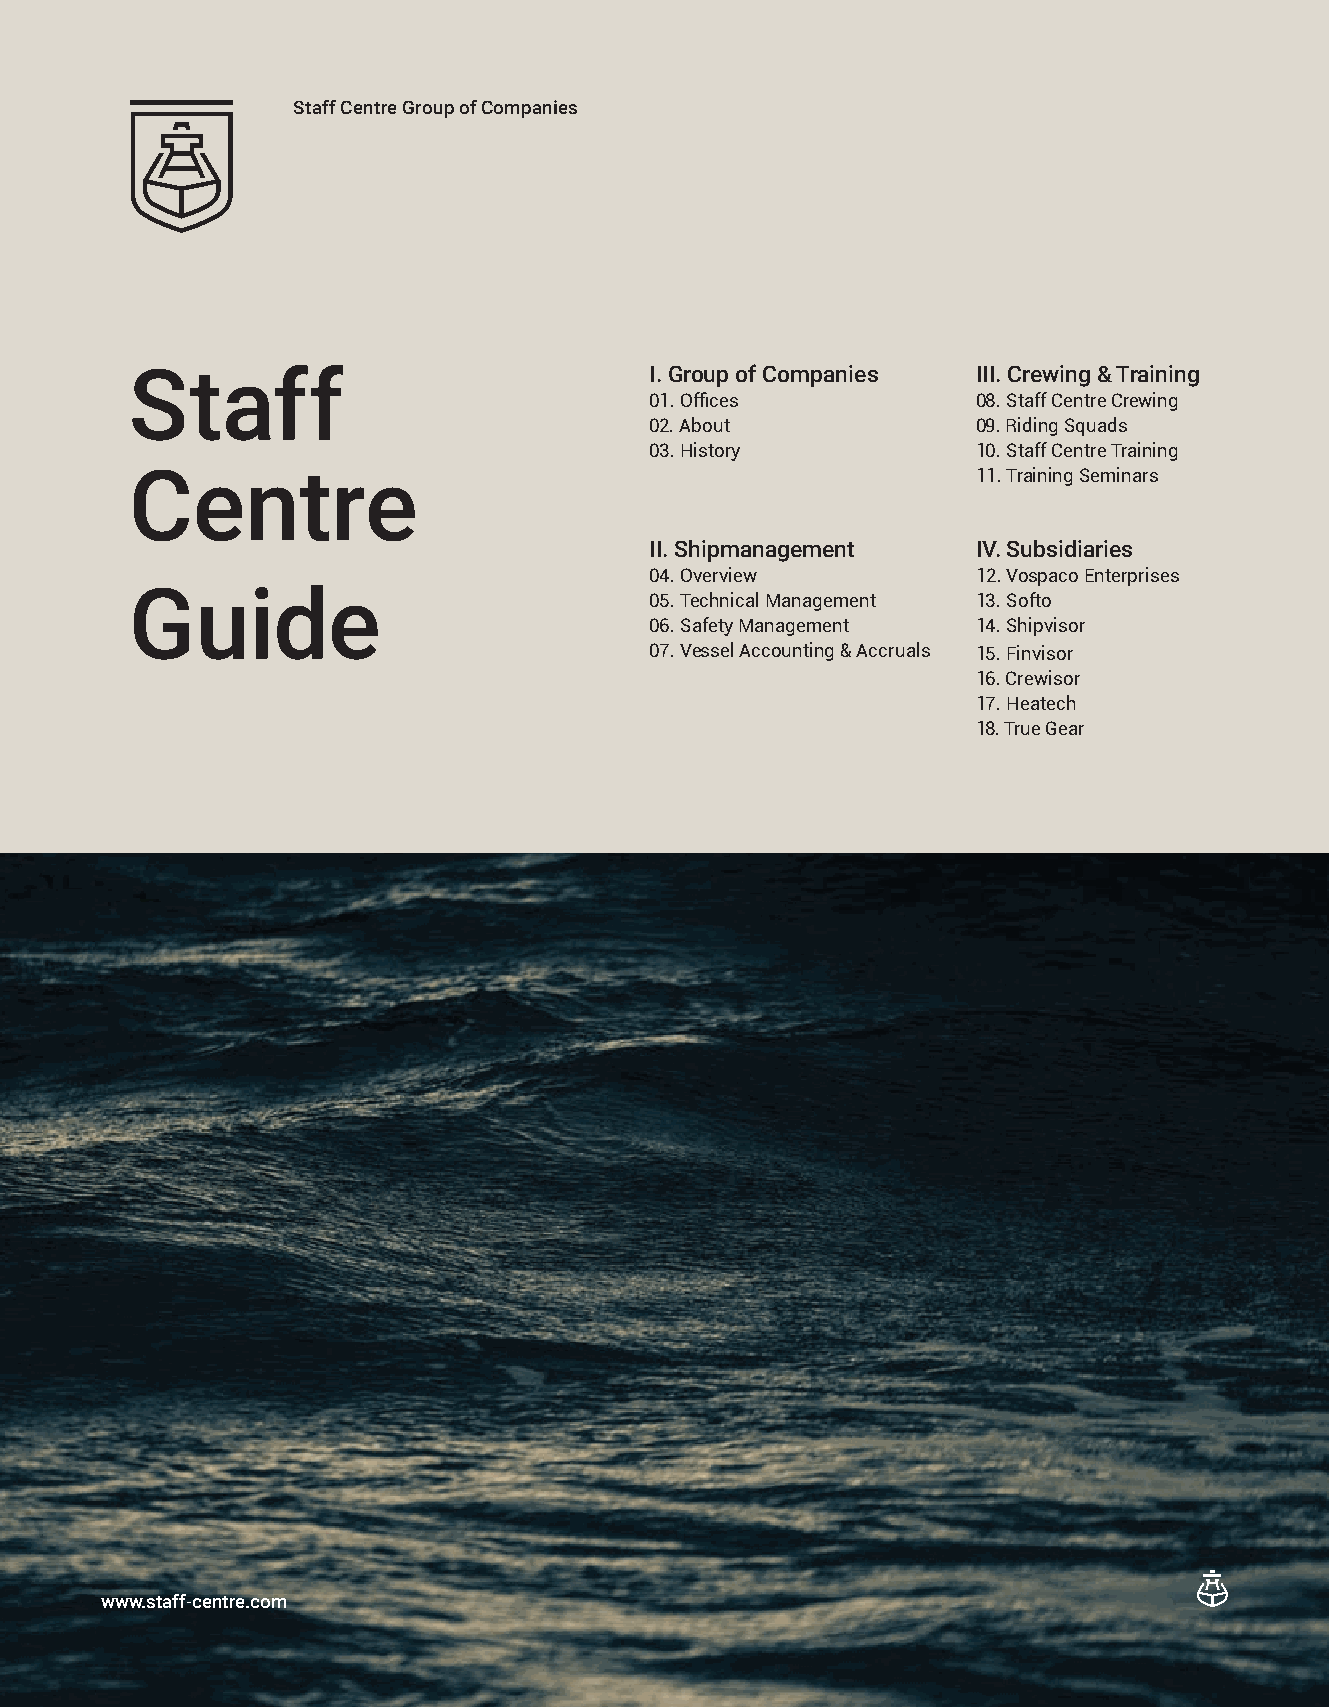
Staff Centre Group of Companies
 Staff                             I. Group of Companies III. Crewing & Training
 01. Offices           08. Staff Centre Crewing
 02. About             09. Riding Squads
 03. History           10. Staff Centre Training
 Centre                                                  11. Training Seminars
 II. Shipmanagement    IV. Subsidiaries
 04. Overview          12. Vospaco Enterprises
 Guide
 05. Technical Management 13. Softo
 06. Safety Management 14. Shipvisor
 07. Vessel Accounting & Accruals 15. Finvisor
 16. Crewisor
 17. Heatech
 18. True Gear
 www.staff-centre.com